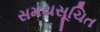
સમયસૂચિત